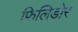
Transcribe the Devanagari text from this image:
फिलिडोर